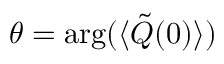
\theta = \arg ( \langle { \tilde { Q } } ( 0 ) \rangle )